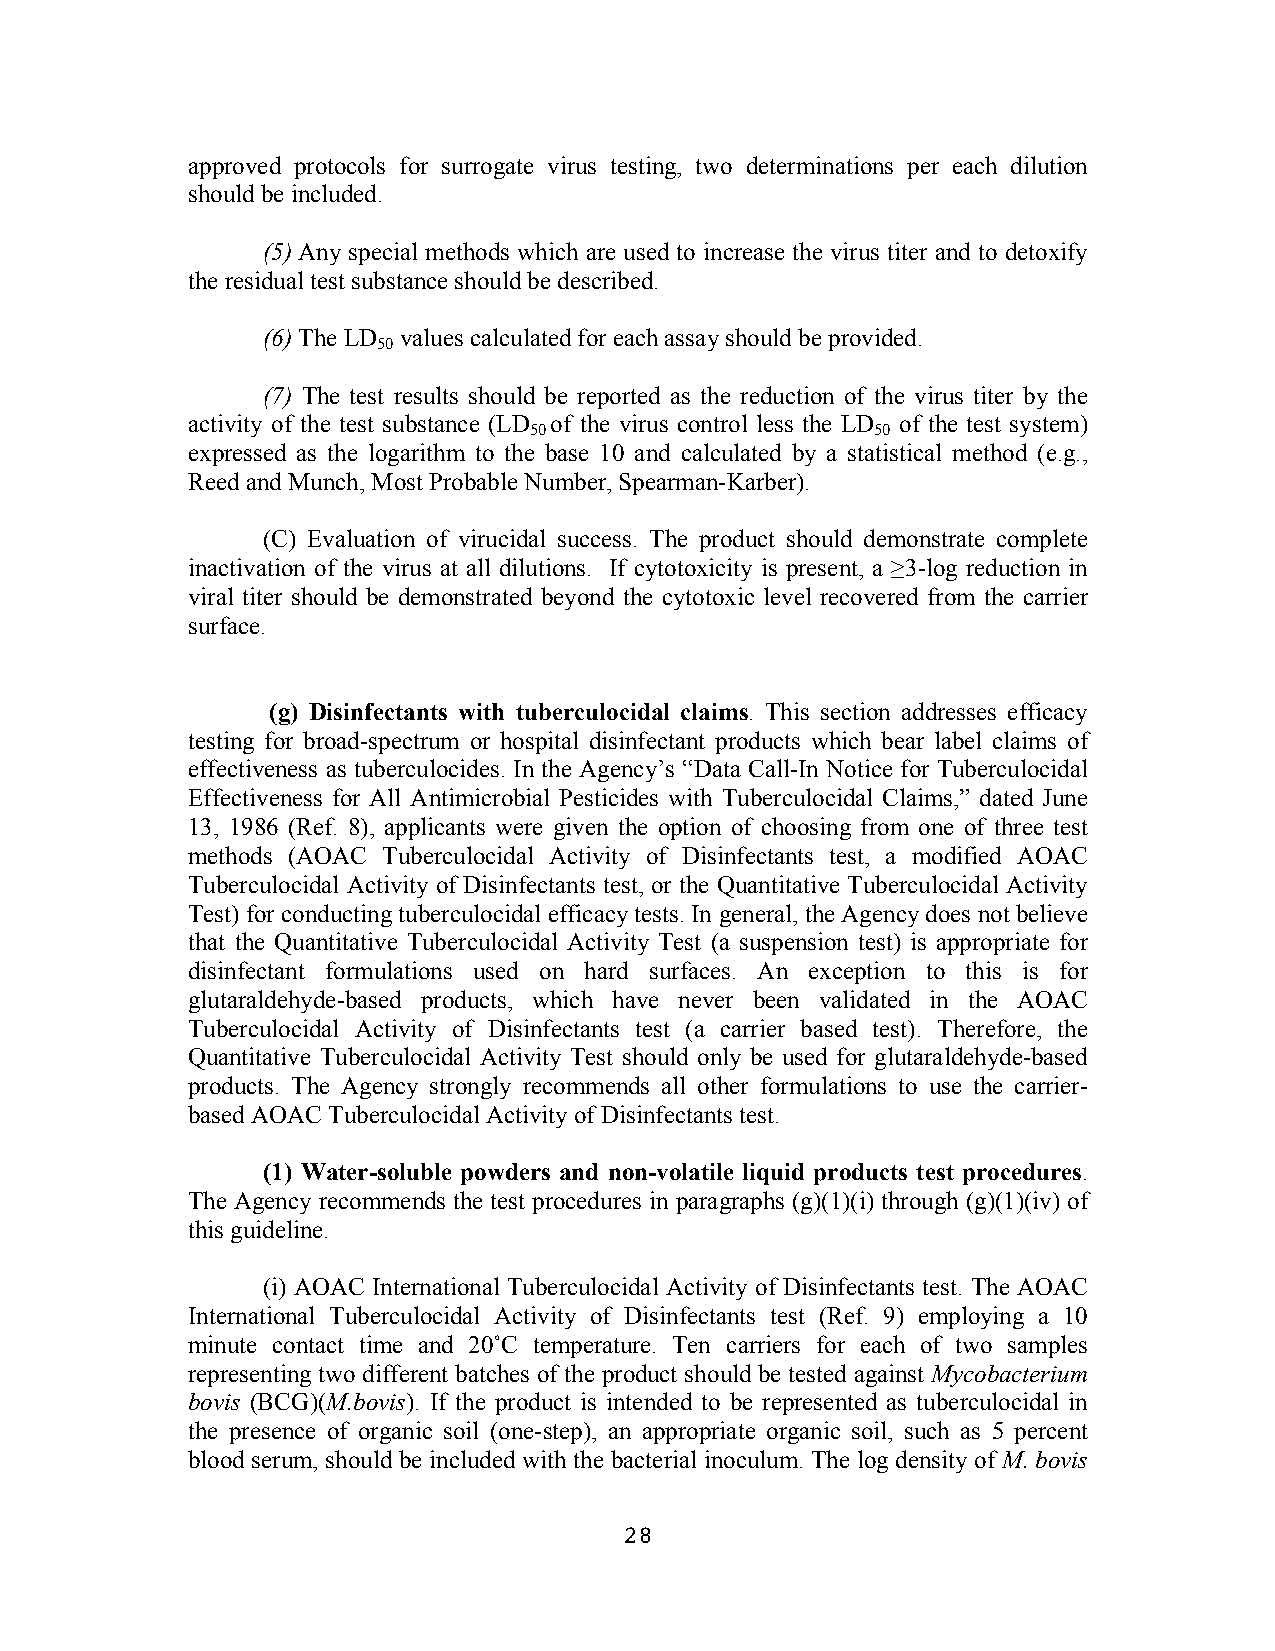
approved protocols for surrogate virus testing, two determinations per each dilution
 should be included.
 (5) Any special methods which are used to increase the virus titer and to detoxify
 the residual test substance should be described.
 (6) The LD values calculated for each assay should be provided.
 50
 (7) The test results should be reported as the reduction of the virus titer by the
 activity of the test substance (LD of the virus control less the LD of the test system)
 50                     50
 expressed as the logarithm to the base 10 and calculated by a statistical method (e.g.,
 Reed and Munch, Most Probable Number, Spearman-Karber).
 (C) Evaluation of virucidal success. The product should demonstrate complete
 inactivation of the virus at all dilutions. If cytotoxicity is present, a ≥3-log reduction in
 viral titer should be demonstrated beyond the cytotoxic level recovered from the carrier
 surface.
 (g) Disinfectants with tuberculocidal claims. This section addresses efficacy
 testing for broad-spectrum or hospital disinfectant products which bear label claims of
 effectiveness as tuberculocides. In the Agency’s “Data Call-In Notice for Tuberculocidal
 Effectiveness for All Antimicrobial Pesticides with Tuberculocidal Claims,” dated June
 13, 1986 (Ref. 8), applicants were given the option of choosing from one of three test
 methods (AOAC Tuberculocidal Activity of Disinfectants test, a modified AOAC
 Tuberculocidal Activity of Disinfectants test, or the Quantitative Tuberculocidal Activity
 Test) for conducting tuberculocidal efficacy tests. In general, the Agency does not believe
 that the Quantitative Tuberculocidal Activity Test (a suspension test) is appropriate for
 disinfectant formulations used on hard surfaces. An exception to this is for
 glutaraldehyde-based products, which have never been validated in the AOAC
 Tuberculocidal Activity of Disinfectants test (a carrier based test). Therefore, the
 Quantitative Tuberculocidal Activity Test should only be used for glutaraldehyde-based
 products. The Agency strongly recommends all other formulations to use the carrier-
 based AOAC Tuberculocidal Activity of Disinfectants test.
 (1) Water-soluble powders and non-volatile liquid products test procedures.
 The Agency recommends the test procedures in paragraphs (g)(1)(i) through (g)(1)(iv) of
 this guideline.
 (i) AOAC International Tuberculocidal Activity of Disinfectants test. The AOAC
 International Tuberculocidal Activity of Disinfectants test (Ref. 9) employing a 10
 minute contact time and 20˚C temperature. Ten carriers for each of two samples
 representing two different batches of the product should be tested against Mycobacterium
 bovis (BCG)(M.bovis). If the product is intended to be represented as tuberculocidal in
 the presence of organic soil (one-step), an appropriate organic soil, such as 5 percent
 blood serum, should be included with the bacterial inoculum. The log density of M. bovis
 28